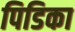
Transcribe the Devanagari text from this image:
पिडिका